Lunatic asylums in Bengal annual reports 1912-1924 - 1912-1924
Year: 1912
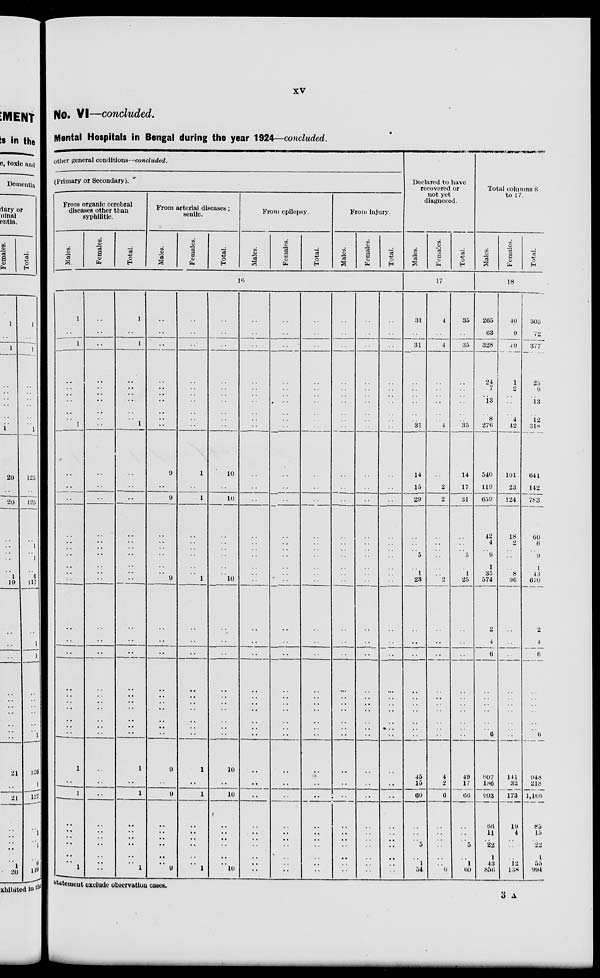
xv
No. VI—concluded.
Mental Hospitals in Bengal during the year 1924—concluded.
other general conditions—concluded.
(Primary or Secondary).
From organic cerebral
diseases other than
syphilitic.
Males.
Females.
Total.
From arterial diseases;
senile.
Males.
Females.
Total.
From epilepsy.
Males.
Females.
Total.
From injury.
Males.
Females.
Total.
16
1
..
1
..
..
..
..
..
..
1
..
..
..
..
..
..
..
..
..
..
..
..
..
..
..
..
..
..
..
..
1
..
1
..
..
..
..
..
..
1
..
..
..
..
..
..
..
..
..
..
..
..
..
..
..
..
..
..
..
..
..
..
..
..
..
..
..
..
..
..
..
..
..
..
..
..
..
..
..
..
1
..
1
..
..
..
..
..
..
1
..
..
..
..
..
..
..
..
..
..
..
..
..
..
..
..
..
..
..
..
1
..
1
..
..
..
..
..
..
1
..
..
..
..
..
..
..
..
..
..
9
..
9
..
..
..
..
..
..
9
..
..
..
..
..
..
..
..
..
..
9
..
9
..
..
..
..
..
..
9
..
..
..
..
..
..
..
..
..
..
1
..
1
..
..
..
..
..
..
1
..
..
..
..
..
..
..
..
..
..
1
..
1
..
..
..
..
..
..
1
..
..
..
..
..
..
..
..
..
..
10
..
10
..
..
..
..
..
..
10
..
..
..
..
..
..
..
..
..
..
10
..
10
..
..
..
..
..
..
10
..
..
..
..
..
..
..
..
..
..
..
..
..
..
..
..
..
..
..
..
..
..
..
..
..
..
..
..
..
..
..
..
..
..
..
..
..
..
..
..
..
..
..
..
..
..
..
..
..
..
..
..
..
..
..
..
..
..
..
..
..
..
..
..
..
..
..
..
..
..
..
..
..
..
..
..
..
..
..
..
..
..
..
..
..
..
..
..
..
..
..
..
..
..
..
..
..
..
..
..
..
..
..
..
..
..
..
..
..
..
..
..
..
..
..
..
..
..
..
..
..
..
..
..
..
..
..
..
..
..
..
..
..
..
..
..
..
..
..
..
..
..
..
..
..
..
..
..
..
..
..
..
..
..
..
..
..
..
..
..
..
..
..
..
..
..
..
..
..
..
..
..
..
..
..
..
..
..
..
..
..
..
..
..
..
..
..
..
..
..
..
..
..
..
..
..
..
..
..
..
..
..
..
..
..
..
..
..
..
..
..
..
..
..
..
..
..
..
..
..
..
..
..
..
..
..
..
..
..
..
..
..
..
..
..
..
..
..
..
..
Declared to have
recovered or
not yet
diagnosed.
Males.
Females.
Total.
17
31
..
31
..
..
..
..
..
..
31
14
15
29
..
..
..
5
..
1
23
..
..
..
..
..
..
..
..
..
..
45
15
60
..
..
..
5
..
1
54
4
..
4
..
..
..
..
..
..
4
..
2
2
..
..
..
..
..
..
2
..
..
..
..
..
..
..
..
..
..
4
2
6
..
..
..
..
..
..
6
35
..
35
..
..
..
..
..
..
35
14
17
31
..
..
..
5
..
1
25
..
..
..
..
..
..
..
..
..
..
49
17
66
..
..
..
5
..
1
60
Total columns 8
to 17.
Males.
Females.
Total.
18
265
63
328
24
7
.. 13
..
8
276
540
119
659
42
4
..
9
1
35
574
2
4
6
..
..
..
..
..
..
6
807
186
993
66
11
..
22
1
43
856
10
9
49
1
2
..
..
..
4
42
101
23
124
18
2
..
..
..
8
96
..
..
..
..
..
..
..
..
..
..
141
32
173
19
4
..
..
..
12
138
305
72
377
25
9
..
13
..
12
318
641
142
783
60
6
..
9
1
43
670
2
4
6
..
..
..
..
..
..
6
948
218
1,166
85
15
..
22
1
55
994
statement exclude observation cases.
3 A